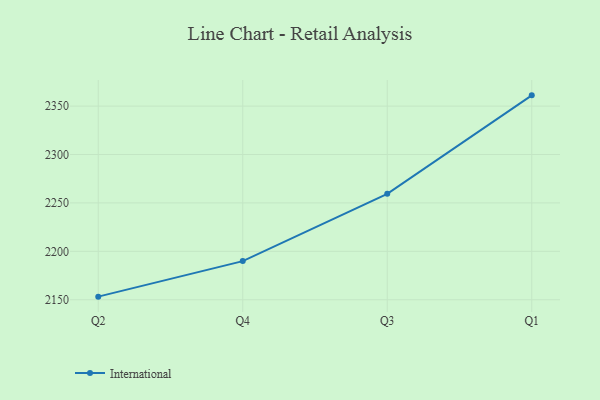
{"axis": {"x": "Quarter", "y": "Production Output"}, "legend": ["International"], "data": [{"x": "Q2", "y": 2153.2, "type": "International"}, {"x": "Q4", "y": 2189.9, "type": "International"}, {"x": "Q3", "y": 2259.4, "type": "International"}, {"x": "Q1", "y": 2361.1, "type": "International"}]}